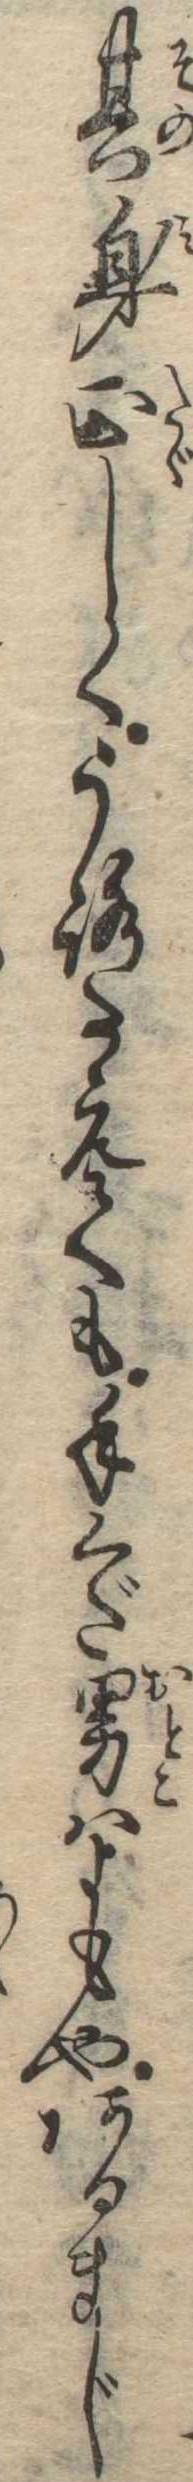
其身正しくうろたえても手くだ男はよもやあるまじ